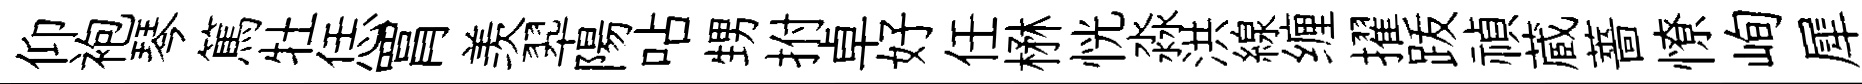
仰袍琴篤牡恁罥羡翆陽呫甥拊卓好任楙恍淼洪線缠擢䟦禎蔵薔憭峋犀